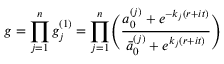
g = \displaystyle \prod _ { j = 1 } ^ { n } g _ { j } ^ { ( 1 ) } = \displaystyle \prod _ { j = 1 } ^ { n } \Biggl ( { \frac { a _ { 0 } ^ { ( j ) } + e ^ { - { k _ { j } } ( r + i t ) } } { \bar { a } _ { 0 } ^ { ( j ) } + e ^ { { k _ { j } } ( r + i t ) } } } \Biggr )